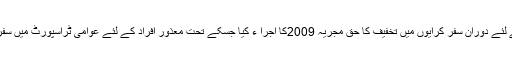
مزید براں حکومت نے 2009میں خصوصی شہریوں کے لئے دوران سفر کرایوں میں تخفیف کا حق مجریہ 2009کا اجرا ء کیا جسکے تحت معذور افراد کے لئے عوامی ٹراسپورٹ میں سفر کے دوران تخفیفی کرایے کی ادائیگی کا حق دیا گیا ہے۔